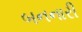
બનનારી